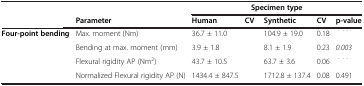
<table><thead><tr><td>[EMPTY_CELL]</td><td>[EMPTY_CELL]</td><td colspan="5"><b>Specimen type</b></td></tr><tr><td>[EMPTY_CELL]</td><td><b>Parameter</b></td><td><b>Human</b></td><td><b>CV</b></td><td><b>Synthetic</b></td><td><b>CV</b></td><td><b>p-value</b></td></tr></thead><tbody><tr><td><b>Four-point bending</b></td><td>Max. moment (Nm)</td><td>36.7 ± 11.0</td><td>[EMPTY_CELL]</td><td>104.9 ± 19.0</td><td>0.18</td><td>[EMPTY_CELL]</td></tr><tr><td>[EMPTY_CELL]</td><td>Bending at max. moment (mm)</td><td>3.9 ± 1.8</td><td>[EMPTY_CELL]</td><td>8.1 ± 1.9</td><td>0.23</td><td><i>0.003</i></td></tr><tr><td>[EMPTY_CELL]</td><td>Flexural rigidity AP (Nm<sup>2</sup>)</td><td>43.7 ± 10.5</td><td>[EMPTY_CELL]</td><td>63.7 ± 3.6</td><td>0.06</td><td>[EMPTY_CELL]</td></tr><tr><td>[EMPTY_CELL]</td><td>Normalized Flexural rigidity AP (N)</td><td>1434.4 ± 847.5</td><td>[EMPTY_CELL]</td><td>1712.8 ± 137.4</td><td>0.08</td><td>0.491</td></tr></tbody></table>